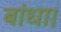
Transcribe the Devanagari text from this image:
बांधा।